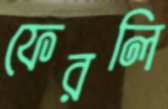
ফেরলি